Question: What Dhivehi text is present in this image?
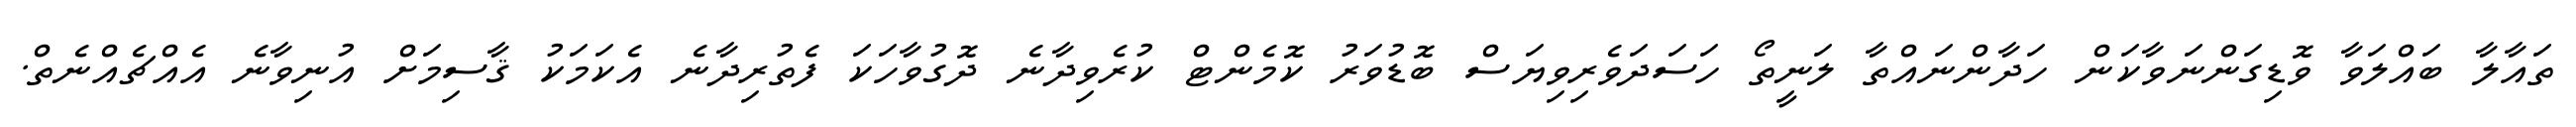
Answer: ތައާލާ ބައްލަވާ ވޮޑިގަންނަވާކަން ހަދާންނައްތާ ލަނީތޯ ހަސަދަވެރިވިޔަސް ބޮޑުވަރު ކޮމެންޓް ކުރެވިދާނެ ދޮގުވާހަކަ ފެތުރިދާނެ އެކަމަކު ޤާސިމަށް އުނިވާނެ އެއްޗެއްނެތް.